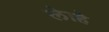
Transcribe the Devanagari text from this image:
लेाहे